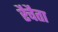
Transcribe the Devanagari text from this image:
रैचैता